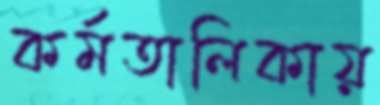
কর্মতালিকায়